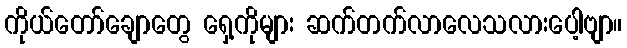
ကိုယ်တော်ချောတွေ ရှေ့ကိုများ ဆက်တက်လာလေသလားပေါ့ဗျာ။